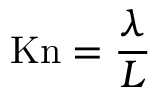
\mathrm { K n } = { \frac { \lambda } { L } }